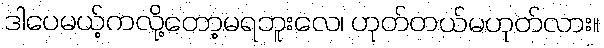
ဒါပေမယ့်ကလို့တော့မရဘူးလေ၊ ဟုတ်တယ်မဟုတ်လား။